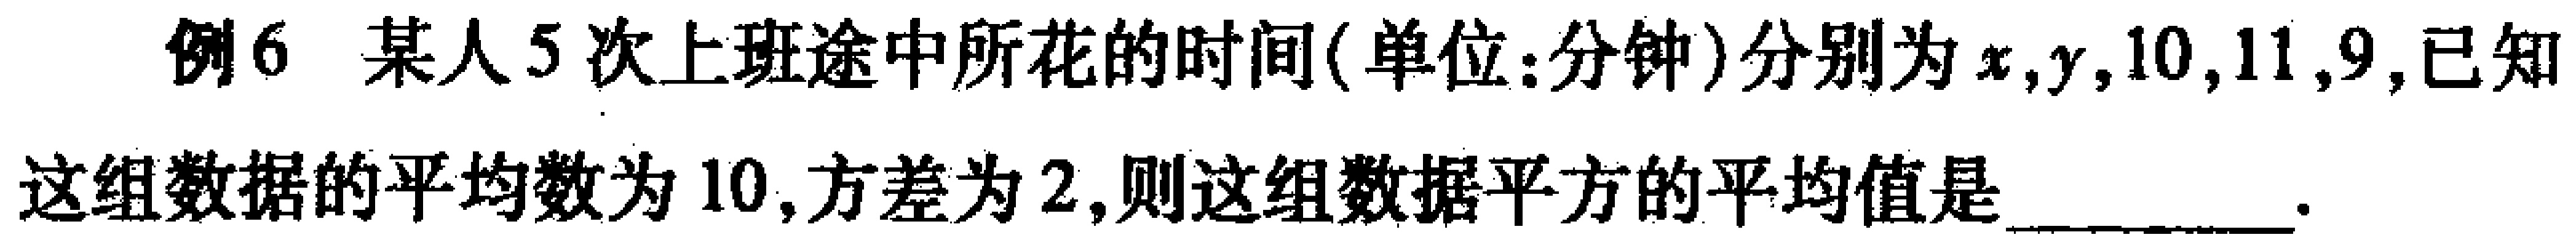
例6 某人5次上班途中所花的时间(单位:分钟)分别为\(x,y,10,11,9\),已知

这组数据的平均数为\(10\),方差为\(2\),则这组数据平方的平均值是_________.